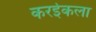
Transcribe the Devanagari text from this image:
करईकला